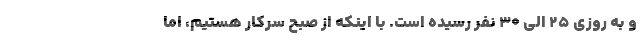
و به روزی ۲۵ الی ۳۰ نفر رسیده است. با اینکه از صبح سرکار هستیم، اما